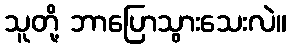
သူတို့ ဘာပြောသွားသေးလဲ။